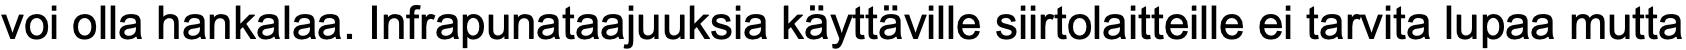
voi olla hankalaa. Infrapunataajuuksia käyttäville siirtolaitteille ei tarvita lupaa mutta